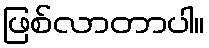
ဖြစ်လာတာပါ။